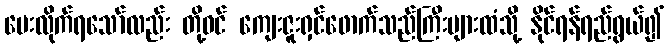
ပေးလိုက်ရသော်လည်း တို့ဝင် ကျေးဇူးရှင်ဖောက်သည်ကြီးများထံသို့ နိုင်ရန်ရည်ရွယ်၍